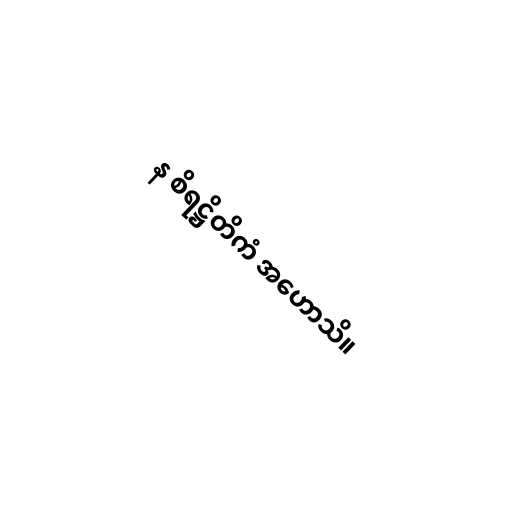
န စိရဋ္ဌိတိကံ အဟောသိ။